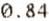
0.84